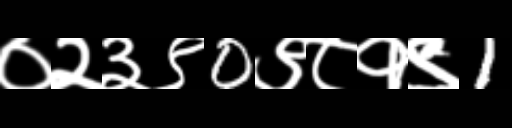
Text: ०२३९0९८१९1